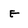
Character: e